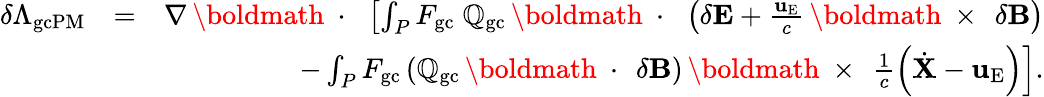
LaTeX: \begin{array}{rlr}{\delta\Lambda_{\mathrm{gcPM}}}&{=}&{\nabla\, \mathrm{\boldmath~\cdot~}\, \left[\int_{P}F_{\mathrm{gc}}\; \mathbb{Q}_{\mathrm{gc}}\, \mathrm{\boldmath~\cdot~}\, \left(\delta{\mathbf E}+\frac{{\mathbf u}_{\mathrm{E}}}{c}\, \mathrm{\boldmath~\times~}\, \delta{\mathbf B}\right)\right.}\\ &{}&{\left.-\int_{P}F_{\mathrm{gc}}\left(\mathbb{Q}_{\mathrm{gc}}\, \mathrm{\boldmath~\cdot~}\, \delta{\mathbf B}\right)\, \mathrm{\boldmath~\times~}\, \frac{1}{c}\left(\dot{\mathbf X}-{\mathbf u}_{\mathrm{E}}\right)\right].}\end{array}